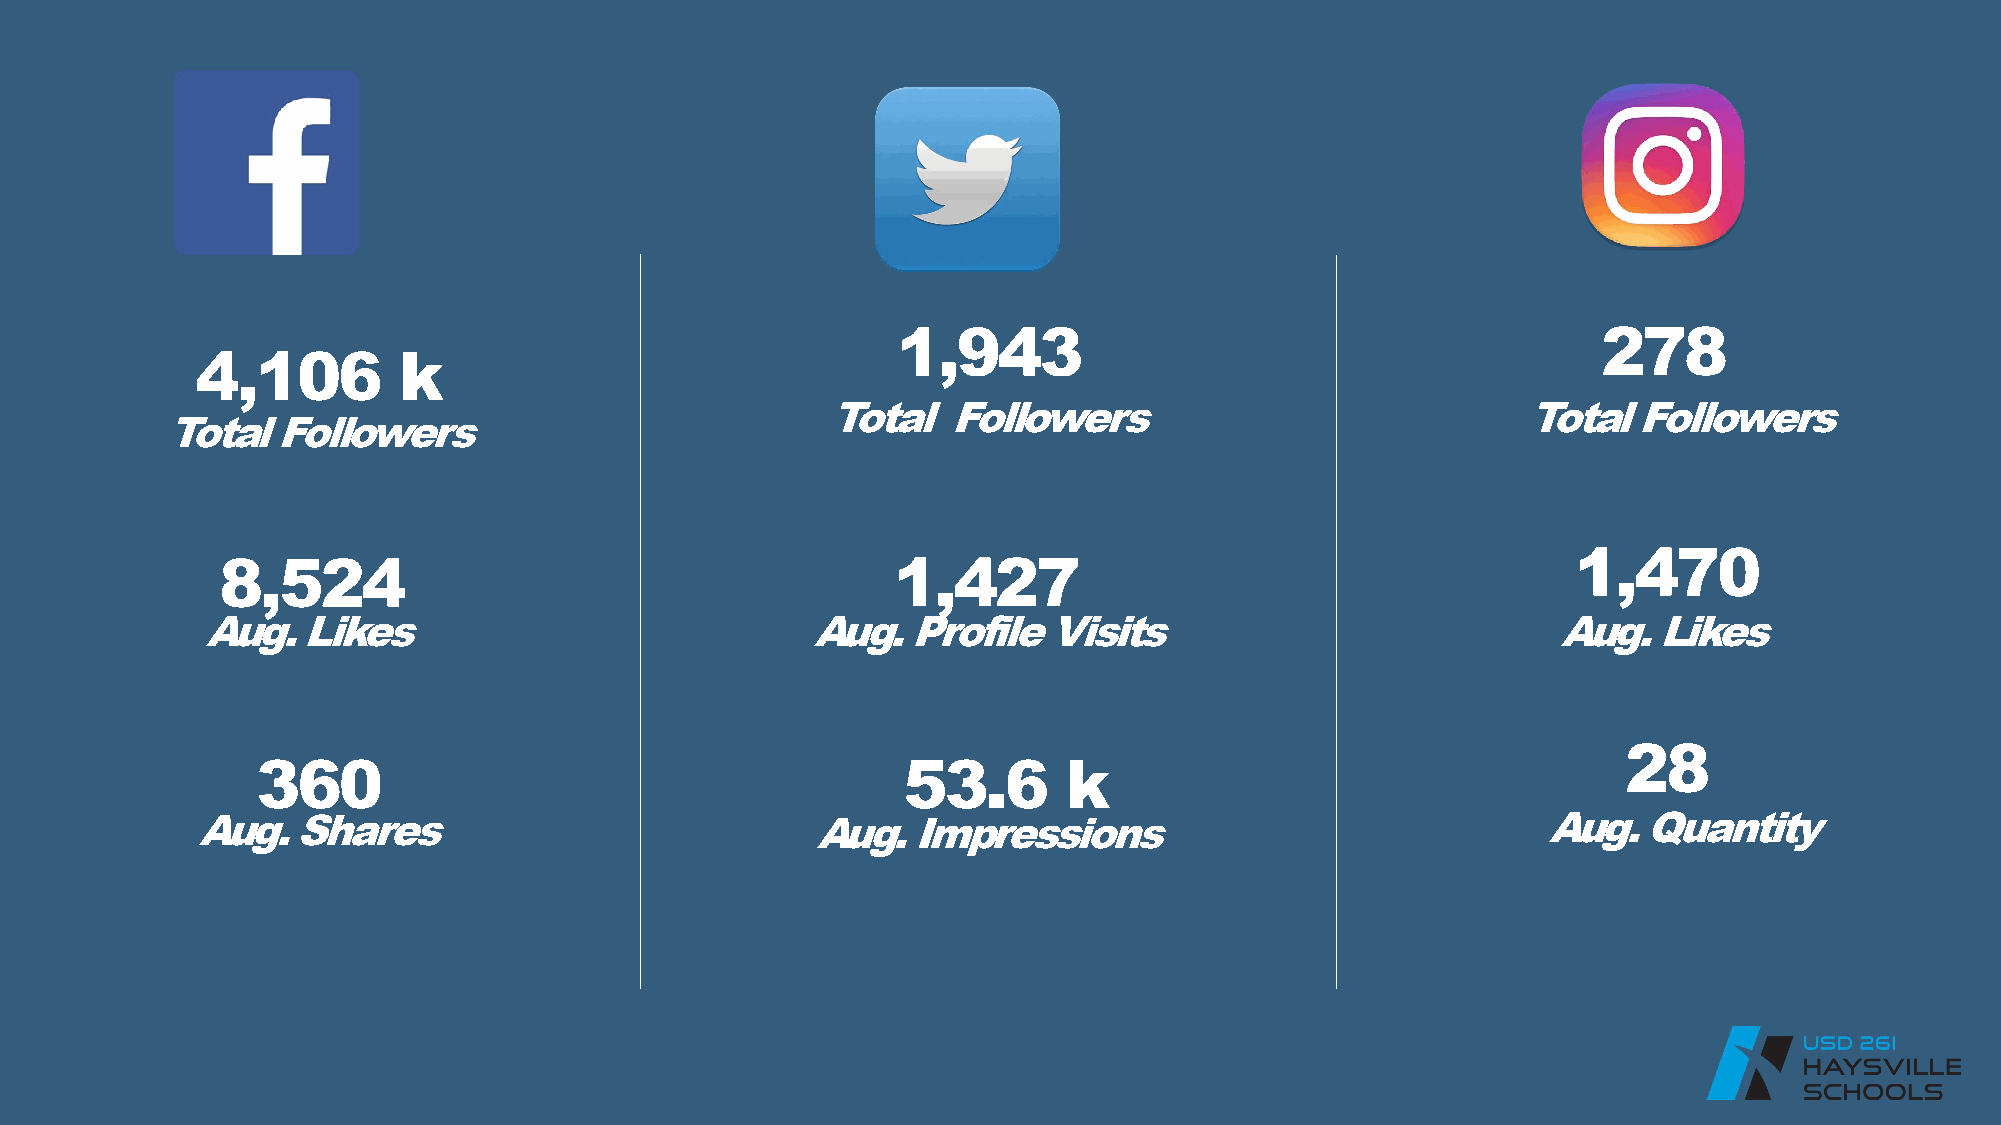
1,943                                          278
 4,106        k
 Total   Followers                             Total  Followers
 Total  Followers
 1,470
 8,524                                        1,427
 Aug.   Likes                             Aug.  Profile  Visits                            Aug.   Likes
 28
 360                                        53.6       k
 Aug.  Shares                             Aug.  Impressions                               Aug.   Quantity